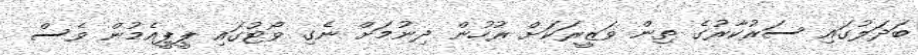
ބަދަލުގައި ސަރުކާރުގެ ތިން ވަޒީރަކަށް ރުހުން ދިނުމަށް ނެގި ވޯޓުގައި ޕީޕީއެމުން ވެސް